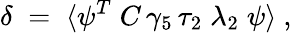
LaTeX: \delta\; =\; \langle\psi^{T}\; C\, \gamma_{5}\, \tau_{2}\; \lambda_{2}\; \psi\rangle~,